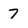
Character: 7